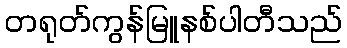
တရုတ်ကွန်မြူနစ်ပါတီသည်